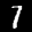
Label: 7